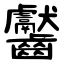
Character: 齾